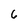
Character: 6